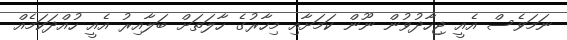
ނަމަވެސް އެއީ ޖިހާދުވުން ނޫން ކަމަށާއި މިހާރުގެ ހާލަތަށް ބަލާއިރު އެއީ ހުއްދަކަމެއް